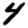
Digit: 4